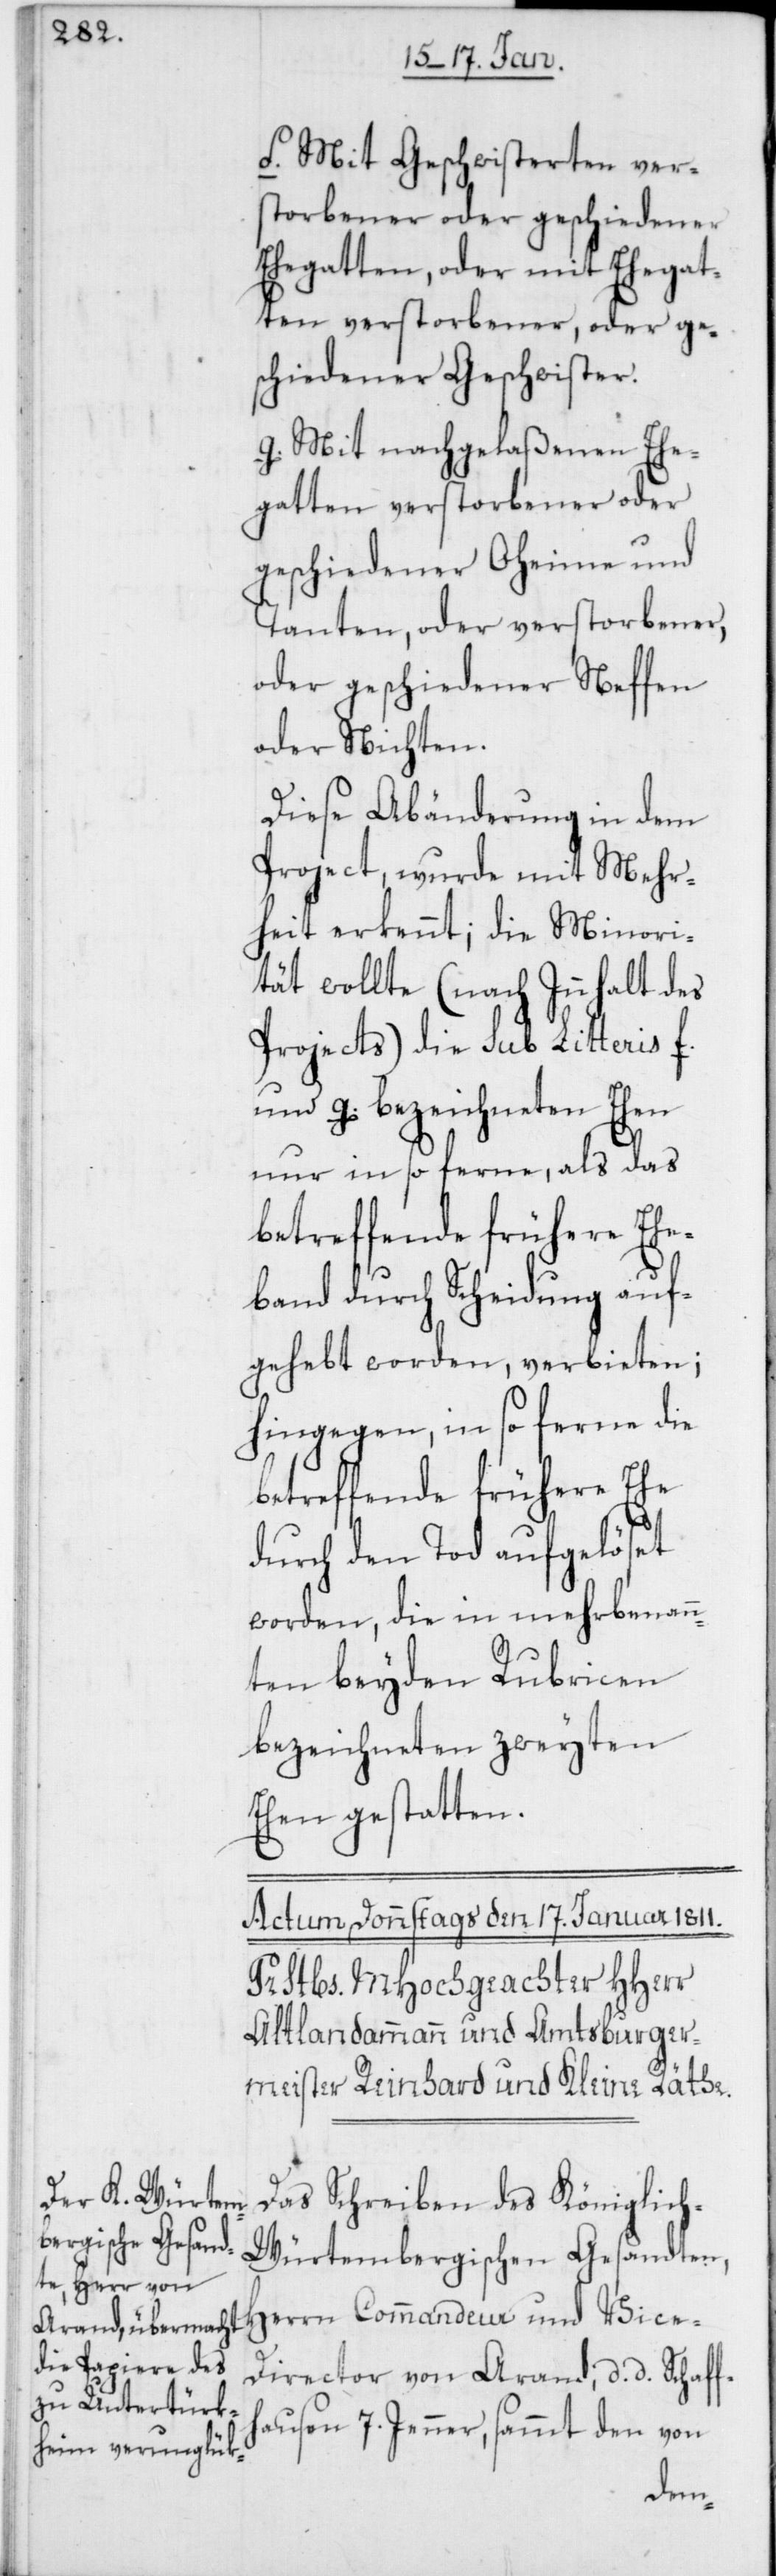
f. Mit Geschwisterten ver¬
storbener oder geschiedener
Ehegatten, oder mit Ehegat¬
ten verstorbener, oder ge¬
schiedener Geschwister.
g. Mit nachgelaßenen Ehe¬
gatten verstorbener oder
geschiedener Oheime und
Tanten, oder verstorbener,
oder geschiedener Neffen
oder Nichten.
Diese Abänderung in dem
Project, wurde mit Mehr¬
heit erkennt; die Minori¬
tät wollte (nach Innhalt des
Projects) die sub Litteris f.
und g. bezeichneten Ehen
nur in so ferne, als das
betreffende frühere Ehe¬
band durch Scheidung auf¬
gehebt worden, verbieten;
hingegen, in so ferne die
betreffende frühere Ehe
durch den Tod aufgelöset
worden, die in mehrbenan¬
nten beyden Rubricen
bezeichneten zweyten
Ehen gestatten.
Das Schreiben des Königlic¬
h-Würtembergischen Gesandten,
Herrn Commandeur und Vice-D¬
irector von Arand, d. d. Schaff¬
hausen 7. Jenner, sammt den von